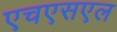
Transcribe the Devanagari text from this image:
एचएसएल